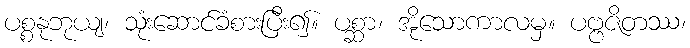
ပစ္စနုဘုယျ၊ သုံးဆောင်ခံစားပြီး၍။ ပစ္ဆာ၊ အိုသောကာလမှ။ ပဗ္ဗဇိတဿ၊